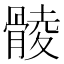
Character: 𩩡